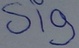
Text: sig